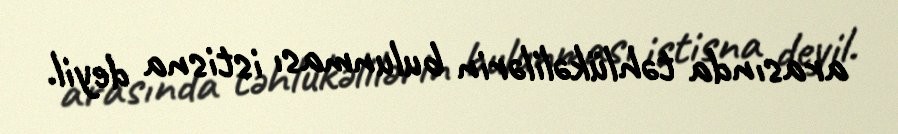
arasında təhlükəlilərin bulunması istisna deyil.